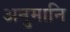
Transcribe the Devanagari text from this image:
अनुमानि